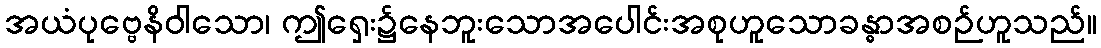
အယံပုဗ္ဗေနိဝါသော၊ ဤရှေး၌နေဘူးသောအပေါင်းအစုဟူသောခန္ဓာအစဉ်ဟူသည်။